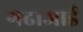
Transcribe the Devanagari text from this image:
गढाआई